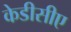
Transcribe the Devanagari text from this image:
केडीसीए